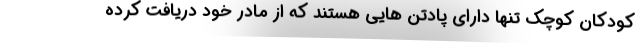
کودکان کوچک تنها دارای پادتن هایی هستند که از مادر خود دریافت کرده